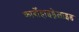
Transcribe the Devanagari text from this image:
कार्बोहाइड्रेज़ाइड